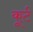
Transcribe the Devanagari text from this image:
कूर्ट